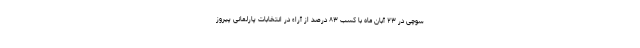
سوچی در ۲۳ آبان ماه با کسب ۸۳ درصد از آراء در انتخابات پارلمانی پیروز